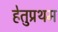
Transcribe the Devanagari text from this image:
हेतुप्रथम